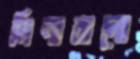
মিনারালো